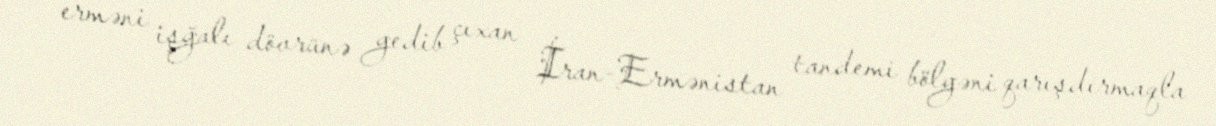
erməni işğalı dövrünə gedib çıxan İran-Ermənistan tandemi bölgəni qarışdırmaqla